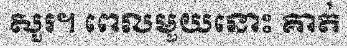
សួរ។ ពេលមួយនោះ គាត់